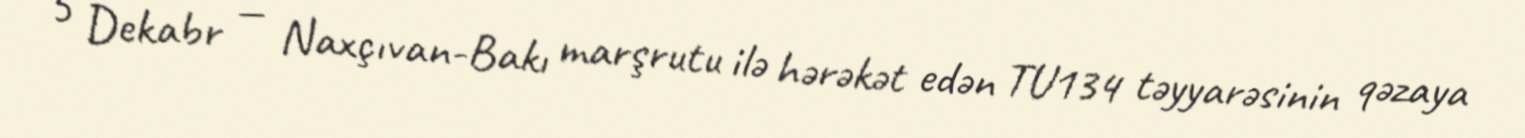
5 Dekabr — Naxçıvan-Bakı marşrutu ilə hərəkət edən TU134 təyyarəsinin qəzaya